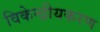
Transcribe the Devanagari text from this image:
विकेन्द्रीयकरण